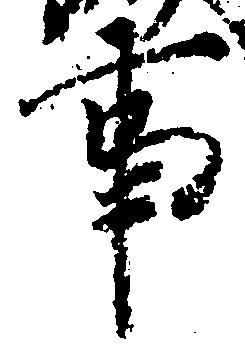
事